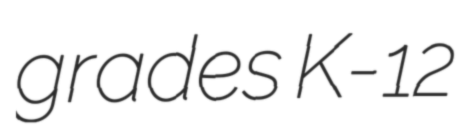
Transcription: grades K-12